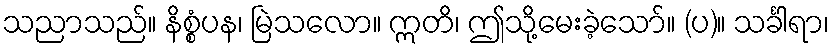
သညာသည်။ နိစ္စံပန၊ မြဲသလော။ ဣတိ၊ ဤသို့မေးခဲ့သော်။ (ပ)။ သင်္ခါရာ၊